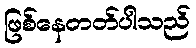
ဖြစ်နေတတ်ပါသည်